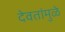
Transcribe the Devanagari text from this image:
देवतांमुळे